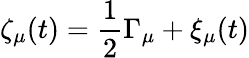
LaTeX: \zeta_{\mu}(t)=\frac{1}{2}\Gamma_{\mu}+\xi_{\mu}(t)